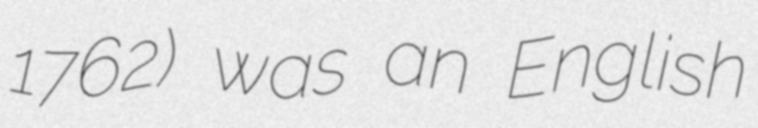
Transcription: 1762) was an English